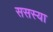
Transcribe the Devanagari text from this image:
ससस्या